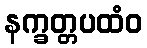
နက္ခတ္တပထံဝ